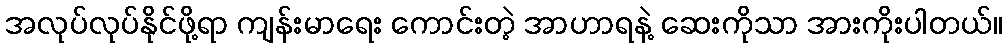
အလုပ်လုပ်နိုင်ဖို့ရာ ကျန်းမာရေး ကောင်းတဲ့ အာဟာရနဲ့ ဆေးကိုသာ အားကိုးပါတယ်။